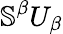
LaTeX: \mathbb{S}^{\beta}U_{\beta}